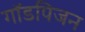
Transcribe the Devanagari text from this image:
गॉडपिजन